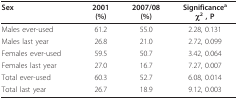
<table><thead><tr><td><b>Sex</b></td><td><b>2001(%)</b></td><td><b>2007/08(%)</b></td><td><b>Significance<sup>a</sup>χ<sup>2 </sup>, P</b></td></tr></thead><tbody><tr><td>Males ever-used</td><td>61.2</td><td>55.0</td><td>2.28, 0.131</td></tr><tr><td>Males last year</td><td>26.8</td><td>21.0</td><td>2.72, 0.099</td></tr><tr><td>Females ever-used</td><td>59.5</td><td>50.7</td><td>3.42, 0.064</td></tr><tr><td>Females last year</td><td>27.0</td><td>16.7</td><td>7.27, 0.007</td></tr><tr><td>Total ever-used</td><td>60.3</td><td>52.7</td><td>6.08, 0.014</td></tr><tr><td>Total last year</td><td>26.7</td><td>18.9</td><td>9.12, 0.003</td></tr></tbody></table>